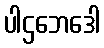
ပါဌဘေဒေါ